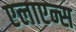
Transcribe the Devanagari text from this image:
एलाएन्स